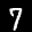
Label: 7